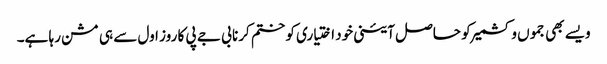
ویسے بھی جموں وکشمیر کو حاصل آئینی خود اختیاری کو ختم کرنا بی جے پی کا روز اول سے ہی مشن رہا ہے۔